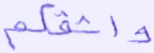
واثقكم